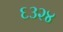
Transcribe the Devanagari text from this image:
६३२४